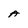
Character: A